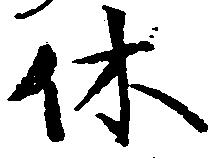
休